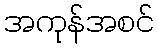
အကုန်အစင်